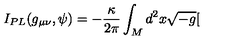
I _ { P L } ( g _ { \mu \nu } , \psi ) = - \frac { \kappa } { 2 \pi } \int _ { M } d ^ { 2 } x \sqrt { - g } [